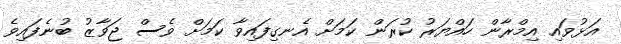
އަޅުވައި އިމްރާން ހައްޔަރު ކުރަން ކަމަށް އެނގިފައިވާ ކަމަށް ވެސް ޖަވާޒު ބުނެފައިވެ